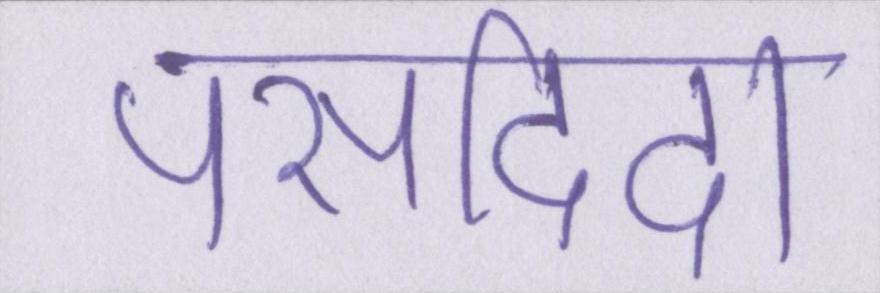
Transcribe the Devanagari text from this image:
पसदिदा